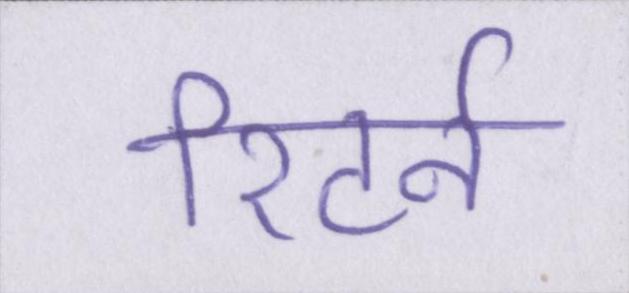
रिटर्न